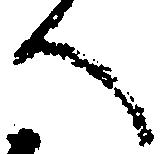
へ